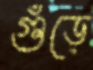
গুঁড়ে